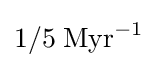
1/5\;{\text{Myr}}^{-1}